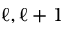
\ell , \ell + 1